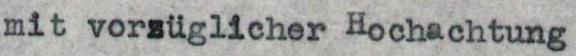
mit vorzüglicher Hochachtung